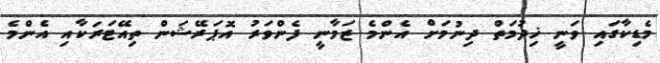
މެޑިކާގައި ވަނީ ޚިދުމަތް ދިނުމަށް އެންމެ ޒަމާނީ ފެންވަރު އޮޕަރޭޝަން ތިއޭޓަރަކާއި އެންމެ